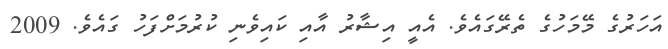
އަހަރުގެ މޭމަހުގެ ތެރޭގައެވެ. އެއީ އިޝާރު އާއި ކައިވެނި ކުރުމަށްފަހު ގައެވެ. 2009